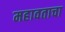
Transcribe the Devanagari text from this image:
महावताचा